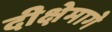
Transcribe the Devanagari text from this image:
दीक्षेमागे